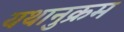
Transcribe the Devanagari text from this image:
यथानुक्रम